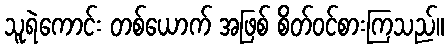
သူရဲကောင်း တစ်ယောက် အဖြစ် စိတ်ဝင်စားကြသည်။